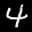
Label: 4